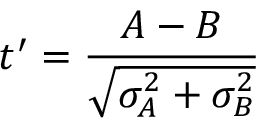
t ^ { \prime } = \frac { A - B } { \sqrt { \sigma _ { A } ^ { 2 } + \sigma _ { B } ^ { 2 } } }